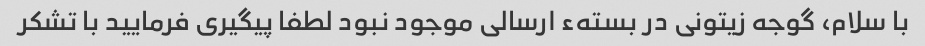
با سلام، گوجه زیتونی در بستهء ارسالی موجود نبود لطفا پیگیری فرمایید با تشکر